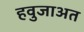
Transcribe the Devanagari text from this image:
हवुजाअत